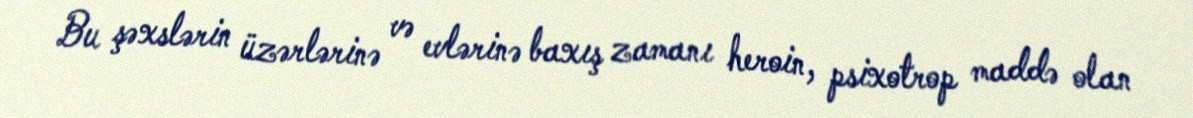
Bu şəxslərin üzərlərinə və evlərinə baxış zamanı heroin, psixotrop maddə olan